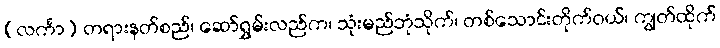
(လင်္ကာ) တရားနတ်စည်၊ ဆော်ရွှမ်းလည်က၊ သုံးမည်ဘုံသိုက်၊ တစ်သောင်းတိုက်ဝယ်၊ ကျွတ်ထိုက်